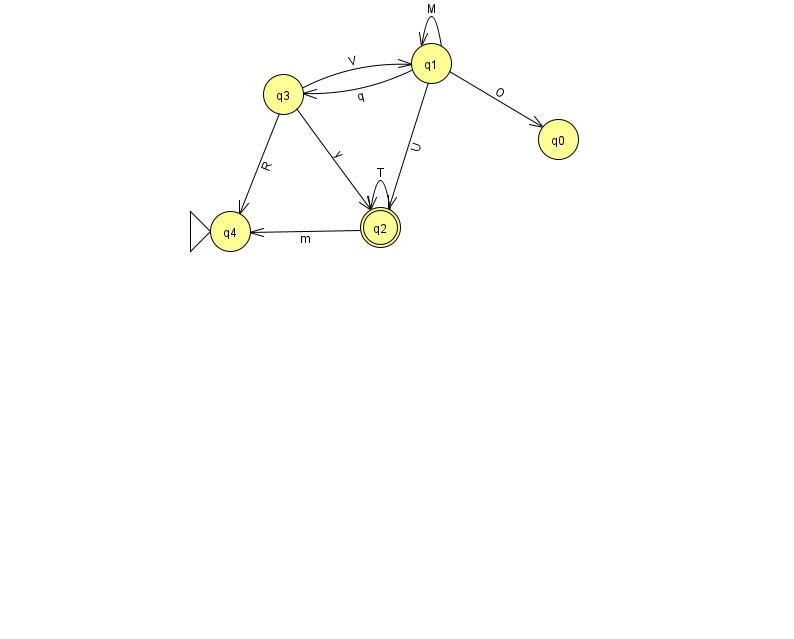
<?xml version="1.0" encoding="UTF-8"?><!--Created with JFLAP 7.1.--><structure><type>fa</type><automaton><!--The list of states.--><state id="0" name="q0"><x>558.0</x><y>126.0</y></state><state id="1" name="q1"><x>431.0</x><y>50.0</y></state><state id="2" name="q2"><x>380.0</x><y>214.0</y><final/></state><state id="3" name="q3"><x>283.0</x><y>81.0</y></state><state id="4" name="q4"><x>230.0</x><y>218.0</y><initial/></state><!--The list of transitions.--><transition><from>2</from><to>4</to><read>m</read></transition><transition><from>2</from><to>2</to><read>T</read></transition><transition><from>1</from><to>2</to><read>U</read></transition><transition><from>3</from><to>2</to><read>y</read></transition><transition><from>3</from><to>1</to><read>V</read></transition><transition><from>1</from><to>1</to><read>M</read></transition><transition><from>1</from><to>3</to><read>q</read></transition><transition><from>3</from><to>4</to><read>R</read></transition><transition><from>1</from><to>0</to><read>O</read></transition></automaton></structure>